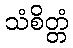
သံစိတ္တံ